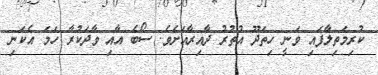
ކުރިމަތިލާފައި ވަނީ ހިތަދޫ އުތުރު ދާއިރާއަށެވެ. ސޯބެ އާއި ވާދަކުރާ ހަމަ އެކަނި